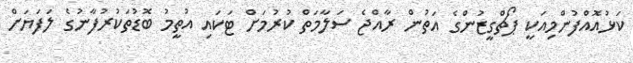
ކަޅުއޮއްފުންމިއަކީ ޕޯޗްގީޒުންގެ އަތުން ރާއްޖެ ސަލާމަތް ކުރުމަށް ޓަކައި އުތީމު ބޮޑުތަކުރުފާނުގެ ލަފަޔަށް